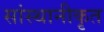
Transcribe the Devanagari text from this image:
सांस्थानीकृत